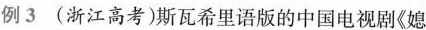
例3(浙江高考)斯瓦希里语版的中国电视剧《媳